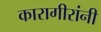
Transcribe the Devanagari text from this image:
कारागीरांनी